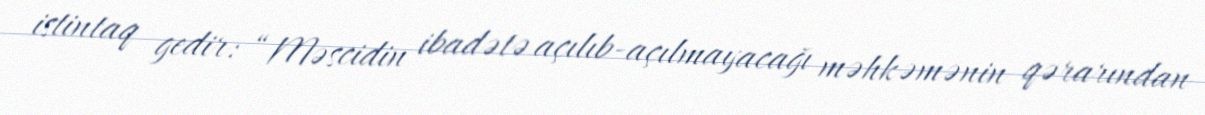
istintaq gedir: “Məscidin ibadətə açılıb-açılmayacağı məhkəmənin qərarından